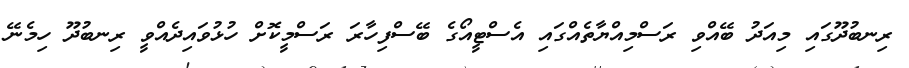
ރިނބުދޫގައި މިއަދު ބޭއްވި ރަސްމިއްޔާތެއްގައި އެސްޓީއޯގެ ބޭސްފިހާރަ ރަސްމީކޮށް ހުޅުވައިދެއްވީ ރިނބުދޫ ހިމެނޭ